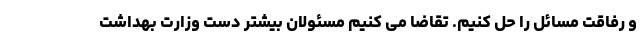
و رفاقت مسائل را حل کنیم. تقاضا می کنیم مسئولان بیشتر دست وزارت بهداشت